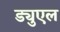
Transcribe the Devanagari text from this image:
ड्युएल